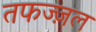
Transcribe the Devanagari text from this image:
तफज्ज़ल